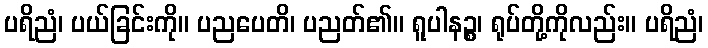
ပရိညံ၊ ပယ်ခြင်းကို။ ပညပေတိ၊ ပညတ်၏။ ရူပါနဉ္စ၊ ရုပ်တို့ကိုလည်း။ ပရိညံ၊